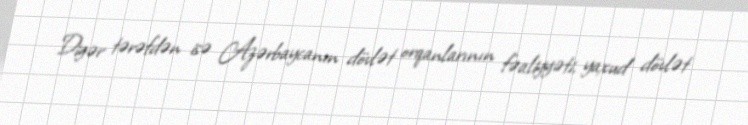
Digər tərəfdən isə Azərbaycanın dövlət orqanlarının fəaliyyəti, yaxud dövlət